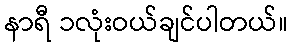
နာရီ ၁လုံးဝယ်ချင်ပါတယ်။